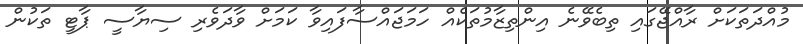
މުއްދަތަކަށް ރާއްޖޭގައި ތިބެވޭނެ އިންތިޒާމުތަކެއް ހަމަޖައްސާފައިވާ ކަމަށް ވާދަވެރި ސިޔާސީ ޕާޓީ ތަކުން